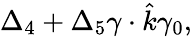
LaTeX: \Delta_{4}+\Delta_{5}\gamma\cdot\hat{k}\gamma_{0},